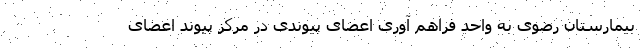
بیمارستان رضوی به واحد فراهم آوری اعضای پیوندی در مرکز پیوند اعضای